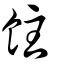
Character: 飳